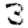
Digit: 3